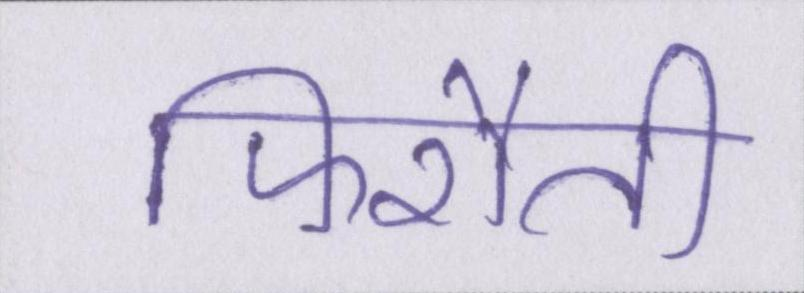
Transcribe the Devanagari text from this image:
फिरौती